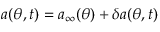
a ( \theta , t ) = a _ { \infty } ( \theta ) + \delta a ( \theta , t )